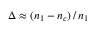
\Delta \approx ( n _ { 1 } - n _ { c } ) \, / \, n _ { 1 }